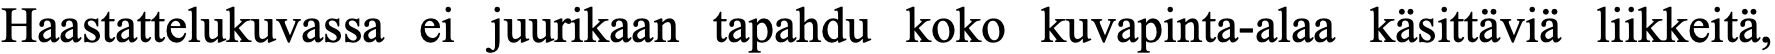
Haastattelukuvassa ei juurikaan tapahdu koko kuvapinta-alaa käsittäviä liikkeitä,